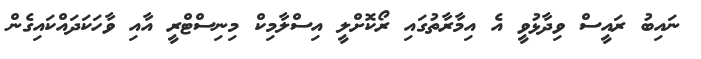
ނައިބު ރައީސް ވިދާޅުވީ އެ އިމާރާތުގައި ރޯކޮށްލީ އިސްލާމިކް މިނިސްޓްރީ އާއި ވާހަކަދައްކައިގެން